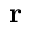
\mathbf { r }